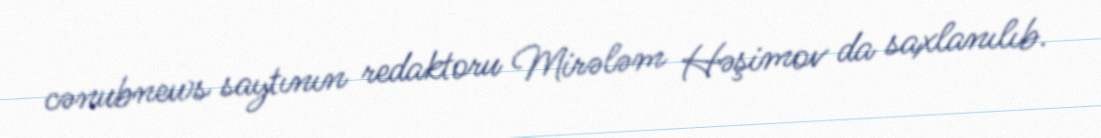
cənubnews saytının redaktoru Mirələm Həşimov da saxlanılıb.